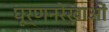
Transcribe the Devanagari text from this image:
घूर्णनरेखाओं